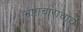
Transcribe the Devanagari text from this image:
भ्रष्टाचाराचाच